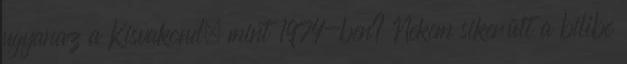
ugyanaz a Kisvakond, mint 1974-ben? Nekem sikerült a bilibe